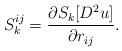
LaTeX: \begin{align*}S^{ij}_k = \frac{\partial S_k [D^2u]}{\partial r_{ij}}.\end{align*}